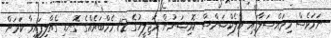
ނަމަވެސް މިމައްސަލާގައި އިލެކްޝަންސް ކޮމިޝަނުން މަޖިލީހުގެ 12 މެމްބަރެއްގެ ގޮނޑި ގެއްލިފައިވާ ކަމަށް